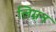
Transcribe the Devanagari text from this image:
लिग्नन